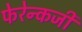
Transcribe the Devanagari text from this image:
फेरेन्कजी